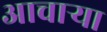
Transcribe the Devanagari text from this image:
आचार्‍या